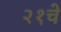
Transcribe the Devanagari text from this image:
२१चे